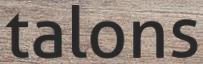
talons